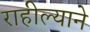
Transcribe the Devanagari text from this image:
राहील्याने